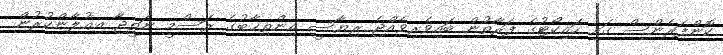
ކޮންފަރެންސް ގައި ހައިކޯޓުގެ ފަރާތުން ބައިވެރިވެއްޖެ ރިޔާސީ އިންތިޚާބުގެ ރަސްމީ ނަތީޖާ އިޢުލާންކުރުން